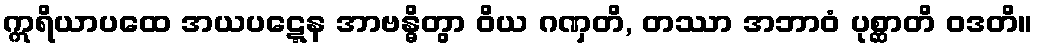
ဣရိယာပထေ အယပဋ္ဋေန အာဗန္ဓိတွာ ဝိယ ဂဏှတိ, တဿာ အဘာဝံ ပုစ္ဆာတိ ဝဒတိ။